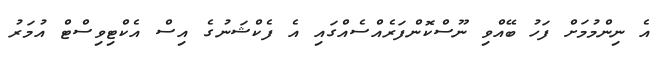
އެ ނިންމުމަށް ފަހު ބޭއްވި ނޫސްކޮންފަރެއްސެއްގައި އެ ފެކްޝަނުގެ އިސް އެކްޓިވިސްޓް އުމަރު